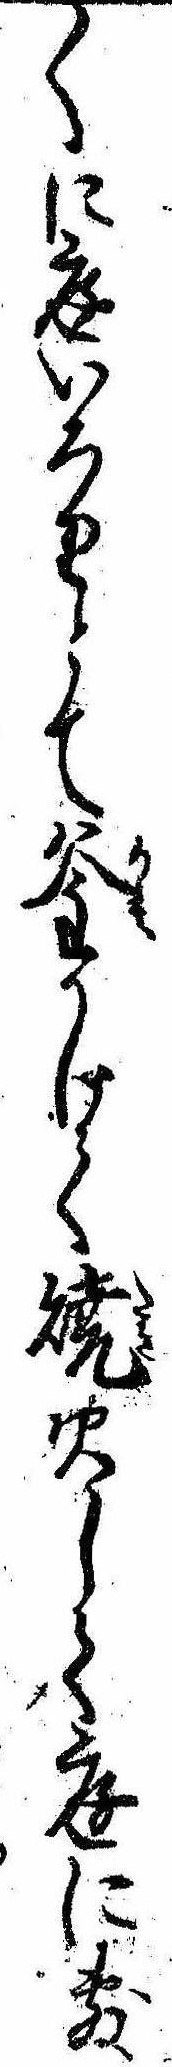
〱に庭いろりとて釜かけて焼火して庭に敷